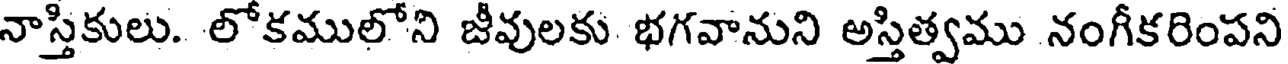
నాస్తికులు. లోకములోని జీవులకు భగవానుని అస్తిత్వము నంగీకరింపని